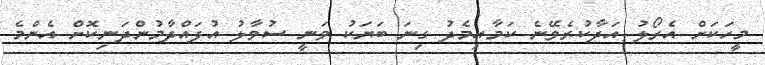
މީހަކަށް އެރޯލު އަދާކުރެވޭނެ ކަމާއިމެދު ގިނަ ބަޔަކު ވަނީ ސުވާލު އުފައްދާމުންދަނިކޮށް އެންމެ